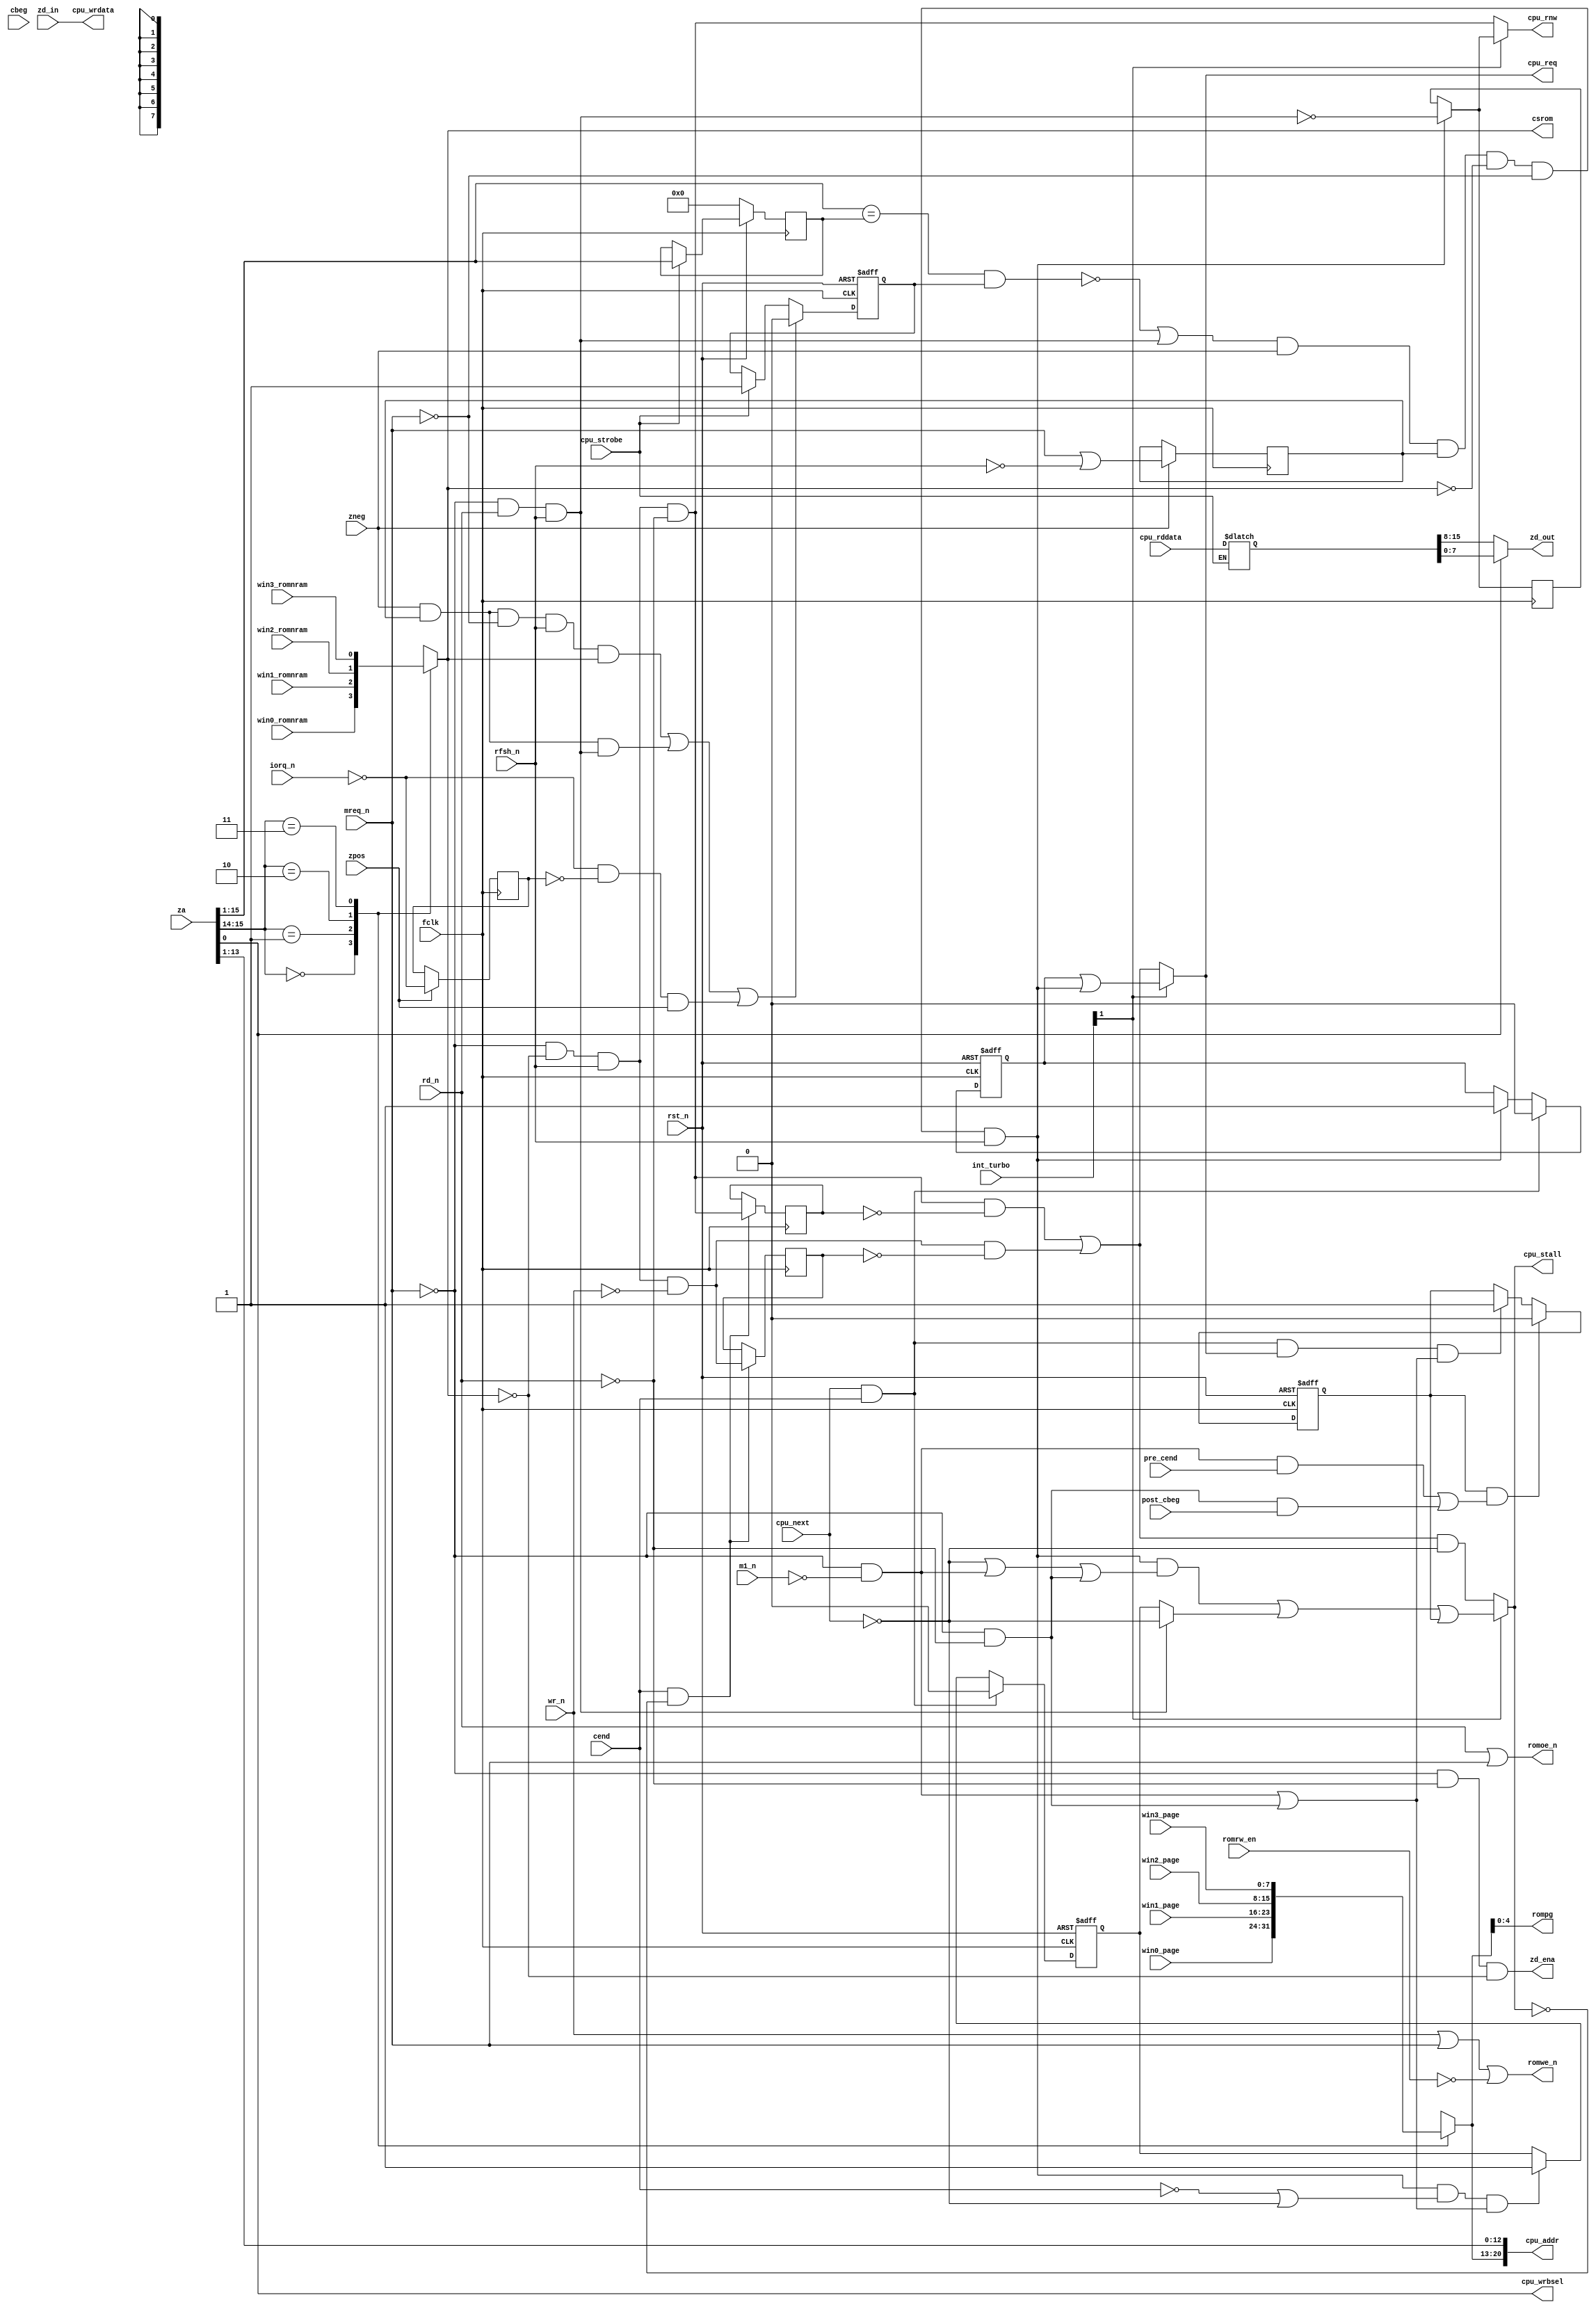
module zmem(

	input  wire fclk,
	input  wire rst_n,

	input  wire zpos, //
	input  wire zneg, // strobes which show positive and negative edges of zclk

	input  wire cbeg,      // DRAM synchronization
	input  wire post_cbeg, //
	input  wire pre_cend,  //
	input  wire cend,      //


	input  wire [15:0] za,

	input  wire [ 7:0] zd_in, // won't emit anything to Z80 bus, data bus mux is another module
	output wire [ 7:0] zd_out, // output to Z80 bus

	output wire zd_ena, // out bus to the Z80

	input  wire m1_n,
	input  wire rfsh_n,
	input  wire mreq_n,
	input  wire iorq_n,
	input  wire rd_n,
	input  wire wr_n,


	input  wire [ 1:0] int_turbo, // 2'b00 - 3.5,
	                              // 2'b01 - 7.0,
	                              // 2'b1x - 14.0



	input  wire        win0_romnram, // four windows, each 16k,
	input  wire        win1_romnram, // ==1 - there is rom,
	input  wire        win2_romnram, // ==0 - there is ram
	input  wire        win3_romnram, //

	input  wire [ 7:0] win0_page, // which 16k page is in given window
	input  wire [ 7:0] win1_page, //
	input  wire [ 7:0] win2_page, //
	input  wire [ 7:0] win3_page, //


	input  wire        romrw_en,


	output reg  [ 4:0] rompg, // output for ROM paging
	output wire        romoe_n,
	output wire        romwe_n,
	output wire        csrom,


	output wire        cpu_req,
	output wire        cpu_rnw,
	output wire [20:0] cpu_addr,
	output wire [ 7:0] cpu_wrdata,
	output wire        cpu_wrbsel,

	input  wire [15:0] cpu_rddata,

	input  wire        cpu_next,
	input  wire        cpu_strobe,


	output wire        cpu_stall // for zclock

);


	wire [1:0] win;
	reg [7:0] page;
	reg romnram;




	reg [15:0] rd_buf;

	reg [15:1] cached_addr;
	reg        cached_addr_valid;

	wire cache_hit;


	wire dram_beg;
	wire opfetch, memrd, memwr;
	wire stall14, stall7_35;

	wire stall14_ini;
	wire stall14_cyc;
	reg  stall14_cycrd;
	reg  stall14_fin;

	reg r_mreq_n;


	reg pending_cpu_req;

	reg cpu_rnw_r;



	// this is for 7/3.5mhz  
	wire ramreq;
	wire ramwr,ramrd;
	wire cpureq_357;
	reg ramrd_reg,ramwr_reg;






	// make paging
	assign win[1:0] = za[15:14];

	always @*
	case( win )
		2'b00: begin
			page    = win0_page;
			romnram = win0_romnram;
		end

		2'b01: begin
			page    = win1_page;
			romnram = win1_romnram;
		end

		2'b10: begin
			page    = win2_page;
			romnram = win2_romnram;
		end

		2'b11: begin
			page    = win3_page;
			romnram = win3_romnram;
		end
	endcase


	// rom paging - only half a megabyte addressing.
	always @*
	begin
		rompg[4:0] = page[4:0];
	end




	assign romwe_n = wr_n | mreq_n | (~romrw_en);
	assign romoe_n = rd_n | mreq_n;

	assign csrom = romnram; // positive polarity!



	// 7/3.5mhz support

	assign ramreq = (~mreq_n) && (~romnram) && rfsh_n;
	assign ramrd = ramreq & (~rd_n);
	assign ramwr = ramreq & (~wr_n);

	always @(posedge fclk)
	if( cend && (!cpu_stall) )
	begin
		ramrd_reg <= ramrd;
		ramwr_reg <= ramwr;
	end

	assign cpureq_357 = ( ramrd & (~ramrd_reg) ) | ( ramwr & (~ramwr_reg) );
	



	assign zd_ena = (~mreq_n) & (~rd_n) & (~romnram);



	assign cache_hit = ( (za[15:1] == cached_addr[15:1]) && cached_addr_valid );



	// strobe the beginnings of DRAM cycles

	always @(posedge fclk)
	if( zneg )
		r_mreq_n <= mreq_n | (~rfsh_n);
	//
	assign dram_beg = ( (!cache_hit) || memwr ) && zneg && r_mreq_n && (!romnram) && (!mreq_n) && rfsh_n;

	// access type
	assign opfetch = (~mreq_n) && (~m1_n);
	assign memrd   = (~mreq_n) && (~rd_n);
	assign memwr   = (~mreq_n) &&   rd_n && rfsh_n;


	// wait tables: 
	//
	// M1 opcode fetch, dram_beg coincides with:
	// cend:      +3
	// pre_cend:  +4
	// post_cbeg: +5
	// cbeg:      +6
	//
	// memory read, dram_beg coincides with:
	// cend:      +2
	// pre_cend:  +3
	// post_cbeg: +4
	// cbeg:      +5
	//
	// memory write: no wait
	//
	// special case: if dram_beg pulses 1 when cpu_next is 0,
	// unconditional wait has to be performed until cpu_next is 1, and
	// then wait as if dram_beg would coincide with cbeg

	assign stall14_ini = dram_beg && ( (!cpu_next) || opfetch || memrd ); // no wait at all in write cycles, if next dram cycle is available


	// memrd, opfetch - wait till cend & cpu_next,
	// memwr - wait till cpu_next
	assign stall14_cyc = memwr ? (!cpu_next) : stall14_cycrd;
	//
	always @(posedge fclk, negedge rst_n)
	if( !rst_n )
		stall14_cycrd <= 1'b0;
	else // posedge fclk
	begin
		if( cpu_next && cend )
			stall14_cycrd <= 1'b0;
		else if( dram_beg && ( (!cend) || (!cpu_next) ) && (opfetch || memrd) )
			stall14_cycrd <= 1'b1;
	end
	//
	always @(posedge fclk, negedge rst_n)
	if( !rst_n )
		stall14_fin <= 1'b0;
	else // posedge fclk
	begin
		if( stall14_fin && ( (opfetch&pre_cend) || (memrd&post_cbeg) ) )
			stall14_fin <= 1'b0;
		else if( cpu_next && cend && cpu_req && (opfetch || memrd) )
			stall14_fin <= 1'b1;
	end


	//
	assign cpu_stall = int_turbo[1] ? (stall14_ini | stall14_cyc | stall14_fin) : (cpureq_357 && (!cpu_next));

	// cpu request
	assign cpu_req = int_turbo[1] ? (pending_cpu_req | dram_beg) : cpureq_357;
	//
	assign cpu_rnw = int_turbo[1] ? (dram_beg ? (!memwr) : cpu_rnw_r) : ramrd;
	//
	//
	always @(posedge fclk, negedge rst_n)
	if( !rst_n )
		pending_cpu_req <= 1'b0;
	else if( cpu_next && cend )
		pending_cpu_req <= 1'b0;
	else if( dram_beg )
		pending_cpu_req <= 1'b1;
	//
	always @(posedge fclk)
	if( dram_beg )
		cpu_rnw_r <= !memwr;



	// address, data in and data out
	//
	assign cpu_wrbsel = za[0];
	assign cpu_addr[20:0] = { page[7:0], za[13:1] };
	assign cpu_wrdata = zd_in;
	//
	always @* if( cpu_strobe ) // WARNING! ACHTUNG! LATCH!!!
		rd_buf <= cpu_rddata;
	//
	assign zd_out = cpu_wrbsel ? rd_buf[7:0] : rd_buf[15:8];





	wire io;
	reg  io_r;
	//
	assign io = (~iorq_n);
	//
	always @(posedge fclk)
	if( zpos )
		io_r <= io;
	//
	always @(posedge fclk, negedge rst_n)
	if( !rst_n )
	begin
		cached_addr_valid <= 1'b0;
	end
	else
	begin
		if( (zneg && r_mreq_n && (!mreq_n) && rfsh_n && romnram) ||
		    (zneg && r_mreq_n && memwr                         ) ||
		    (io && (!io_r) && zpos                             ) )
			cached_addr_valid <= 1'b0;
		else if( cpu_strobe )
			cached_addr_valid <= 1'b1;
	end
	//
	always @(posedge fclk)
	if( !rst_n )
	begin
		cached_addr <= 15'd0;
	end
	else if( cpu_strobe )
	begin
		cached_addr[15:1] <= za[15:1];
	end




endmodule